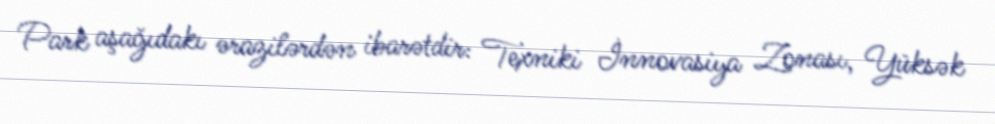
Park aşağıdakı ərazilərdən ibarətdir: Texniki İnnovasiya Zonası, Yüksək